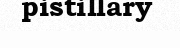
pistillary